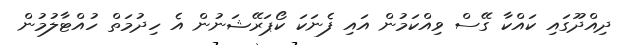
ދިއްދޫގައި ކައްކާ ގޭސް ވިއްކަމުން އައި ފެނަކަ ކޯޕަރޭޝަނުން އެ ހިދުމަތް ހުއްޓާލުމުން